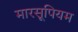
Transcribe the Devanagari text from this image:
मारसूपियम